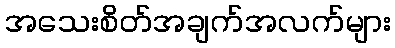
အသေးစိတ်အချက်အလက်များ